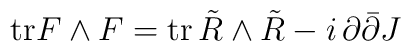
\hbox{tr} F \wedge F = \hbox{tr} \, \tilde R \wedge \tilde R  - i \, \partial \bar \partial J \,